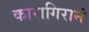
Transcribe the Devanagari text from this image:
कारागिरानं